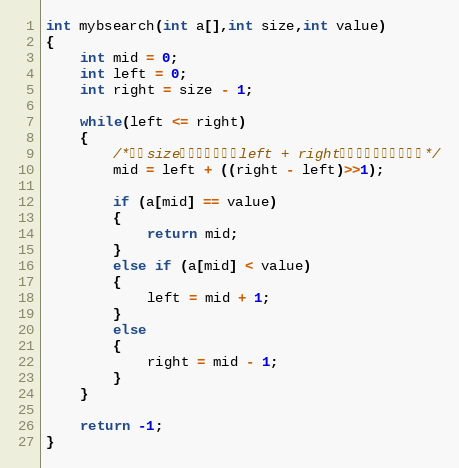
Language: C
int mybsearch(int a[],int size,int value)
{
	int mid = 0;
	int left = 0;
	int right = size - 1;

	while(left <= right)
	{
		/*防止size数量太大是，（left + right）数据翻转，导致问题*/
		mid = left + ((right - left)>>1);

		if (a[mid] == value)
		{
			return mid;
		}
		else if (a[mid] < value)
		{
			left = mid + 1;
		}
		else
		{
			right = mid - 1;
		}
	}

	return -1;
}